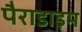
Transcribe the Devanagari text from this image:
पैराडाइम